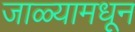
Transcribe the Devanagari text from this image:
जाळ्यामधून